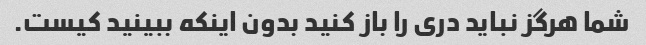
شما هرگز نباید دری را باز کنید بدون اینکه ببینید کیست.